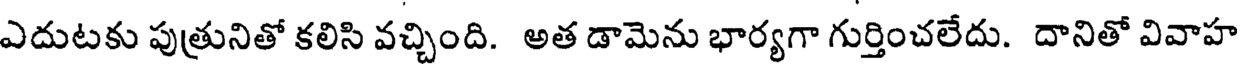
ఎదుటకు పుత్రునితో కలిసి వచ్చింది. అత డామెను భార్యగా గుర్తించలేదు. దానితో వివాహ